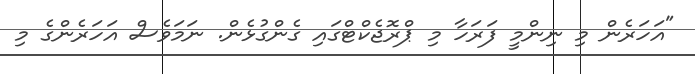
"އަހަރެން މި ނިންމީ ފަރަހާ މި ޕްރޮޖެކްޓްގައި ގެންގުޅެން. ނަމަވެސް އަހަރެންގެ މި